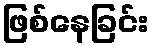
ဖြစ်နေခြင်း